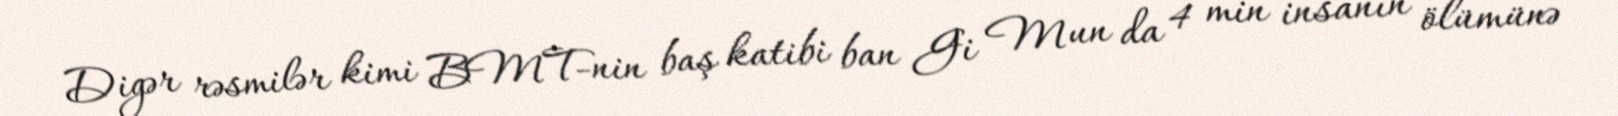
Digər rəsmilər kimi BMT-nin baş katibi ban Gi Mun da 4 min insanın ölümünə